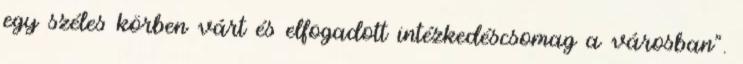
egy széles körben várt és elfogadott intézkedéscsomag a városban”.